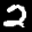
Label: 2